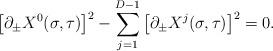
LaTeX: \begin{align*}\left[\partial_{\pm} X^0(\sigma,\tau)\right]^2-\sum_{j=1}^{D-1}\left[\partial_{\pm} X^j(\sigma,\tau)\right]^2=0.\end{align*}